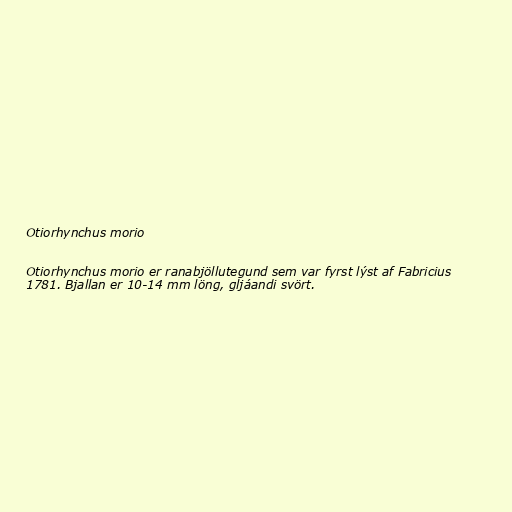
Otiorhynchus morio

Otiorhynchus morio er ranabjöllutegund sem var fyrst lýst af Fabricius
1781. Bjallan er 10-14 mm löng, gljáandi svört.